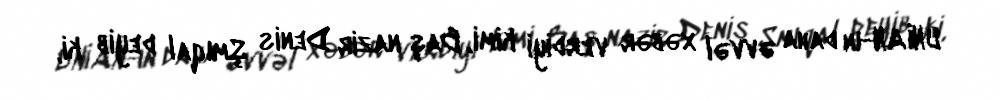
UNİAN-ın daha əvvəl xəbər verdiyi kimi, Baş nazir Denis Şmıqal deyib ki,